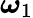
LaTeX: {\boldsymbol{\omega}}_{1}